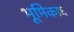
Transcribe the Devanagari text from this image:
भूमिका६